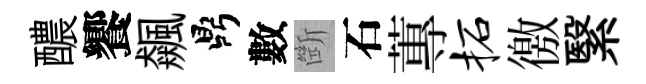
醲饗飆鼎數㫁石蓴柘徼繄